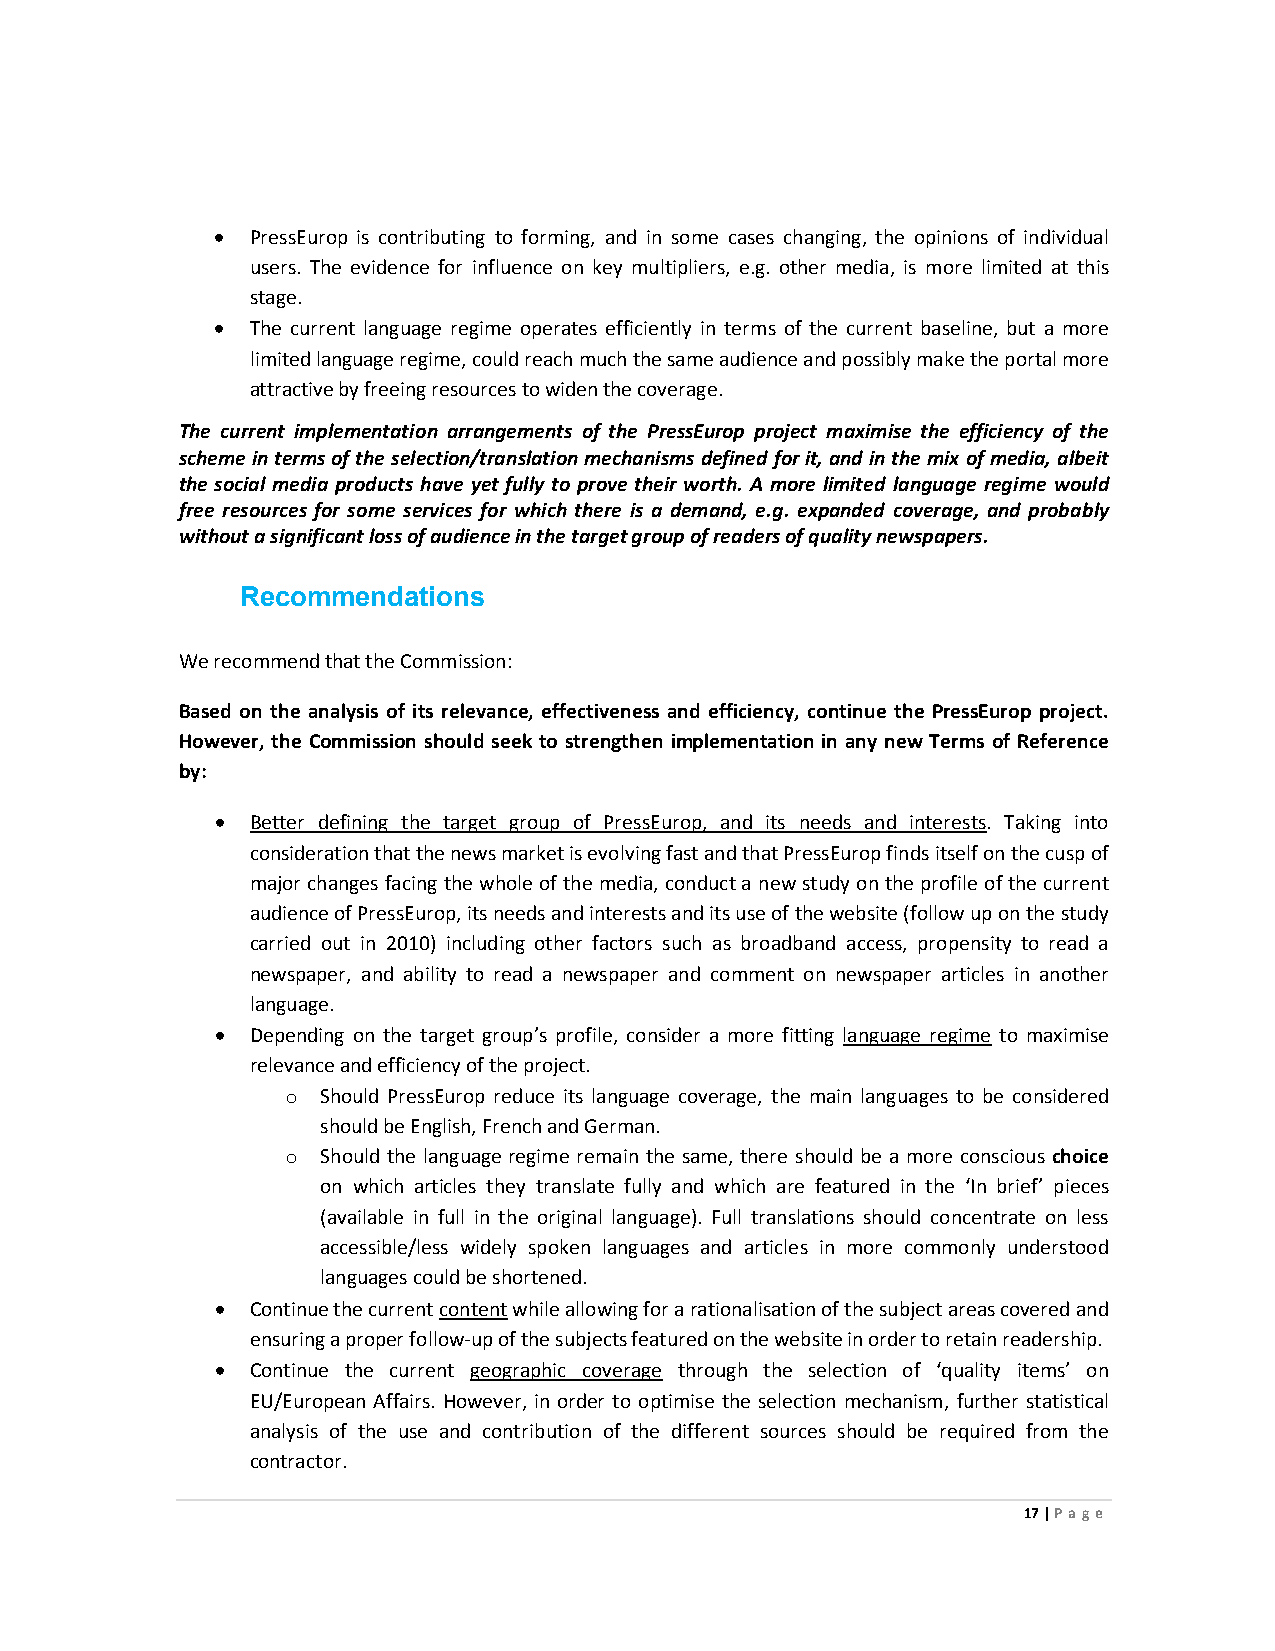
•  PressEurop is contributing to forming, and in some cases changing, the opinions of individual
 users. The evidence for influence on key multipliers, e.g. other media, is more limited at this
 stage.
 •  The current language regime operates efficiently in terms of the current baseline, but a more
 limited language regime, could reach much the same audience and possibly make the portal more
 attractive by freeing resources to widen the coverage.
 The current implementation arrangements of the PressEurop project maximise the efficiency of the
 scheme in terms of the selection/translation mechanisms defined for it, and in the mix of media, albeit
 the social media products have yet fully to prove their worth. A more limited language regime would
 free resources for some services for which there is a demand, e.g. expanded coverage, and probably
 without a significant loss of audience in the target group of readers of quality newspapers.
 Recommendations
 We recommend that the Commission:
 Based on the analysis of its relevance, effectiveness and efficiency, continue the PressEurop project.
 However, the Commission should seek to strengthen implementation in any new Terms of Reference
 by:
 •  Better defining the target group of PressEurop, and its needs and interests. Taking into
 consideration that the news market is evolving fast and that PressEurop finds itself on the cusp of
 major changes facing the whole of the media, conduct a new study on the profile of the current
 audience of PressEurop, its needs and interests and its use of the website (follow up on the study
 carried out in 2010) including other factors such as broadband access, propensity to read a
 newspaper, and ability to read a newspaper and comment on newspaper articles in another
 language.
 •  Depending on the target group’s profile, consider a more fitting language regime to maximise
 relevance and efficiency of the project.
 o Should PressEurop reduce its language coverage, the main languages to be considered
 should be English, French and German.
 o Should the language regime remain the same, there should be a more conscious choice
 on which articles they translate fully and which are featured in the ‘In brief’ pieces
 (available in full in the original language). Full translations should concentrate on less
 accessible/less widely spoken languages and articles in more commonly understood
 languages could be shortened.
 •  Continue the current content while allowing for a rationalisation of the subject areas covered and
 ensuring a proper follow-up of the subjects featured on the website in order to retain readership.
 •  Continue the current geographic coverage through the selection of ‘quality items’ on
 EU/European Affairs. However, in order to optimise the selection mechanism, further statistical
 analysis of the use and contribution of the different sources should be required from the
 contractor.
 17 | Page